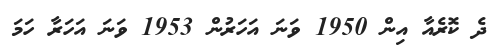
ދެ ކޮރެއާ އިން 1950 ވަނަ އަހަރުން 1953 ވަނަ އަހަރާ ހަމަ